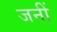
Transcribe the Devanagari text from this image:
जनीं